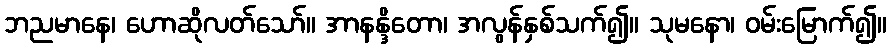
ဘညမာနေ၊ ဟောဆိုလတ်သော်။ အာနန္ဒိတော၊ အလွန်နှစ်သက်၍။ သုမနော၊ ဝမ်းမြောက်၍။